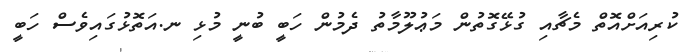
ކުރިއަށްއޮތް މެޗާއި ގުޅޭގޮތުން މަޢުލޫމާތު ދެމުން ހަބީ ބުނީ މުޅި ނ.އަތޮޅުގައިވެސް ހަބީ